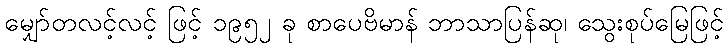
မျှော်တလင့်လင့် ဖြင့် ၁၉၅၂ ခု စာပေဗိမာန် ဘာသာပြန်ဆု၊ သွေးစုပ်မြေဖြင့်